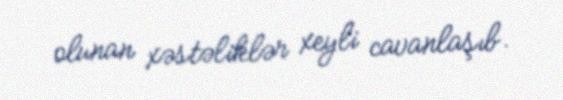
olunan xəstəliklər xeyli cavanlaşıb.